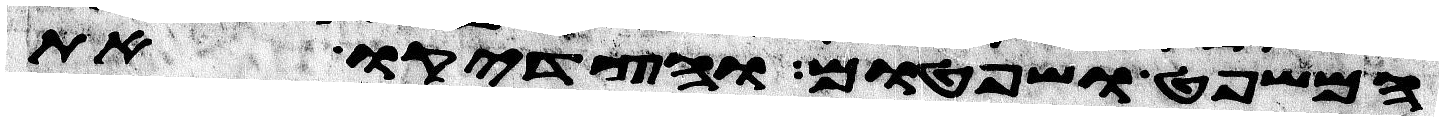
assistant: המשפט ושפטום והצדיקו את